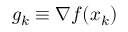
g _ { k } \equiv \nabla f ( x _ { k } )